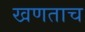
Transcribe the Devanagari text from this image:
खणताच